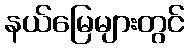
နယ်မြေများတွင်